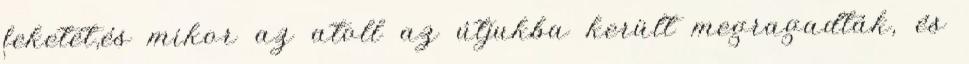
feketét,és mikor az atoll az útjukba került megragadták, és